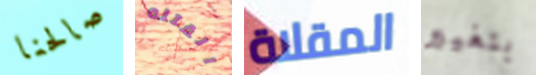
صالحنا القتله المقلاة بتغيير